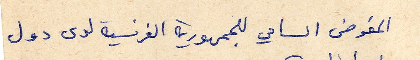
المفوض السامي للجمهورية الفرنسية لدى دول